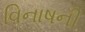
વિનાષની